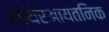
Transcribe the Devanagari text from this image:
स्थिरआयतनिक